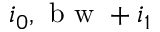
i _ { 0 } , \mathrm { ~ b ~ w ~ } + i _ { 1 }